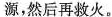
源，然后再救火。